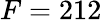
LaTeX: F=212